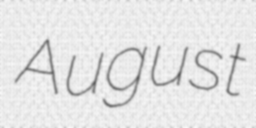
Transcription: August